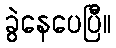
ခွဲနေပေပြီ။